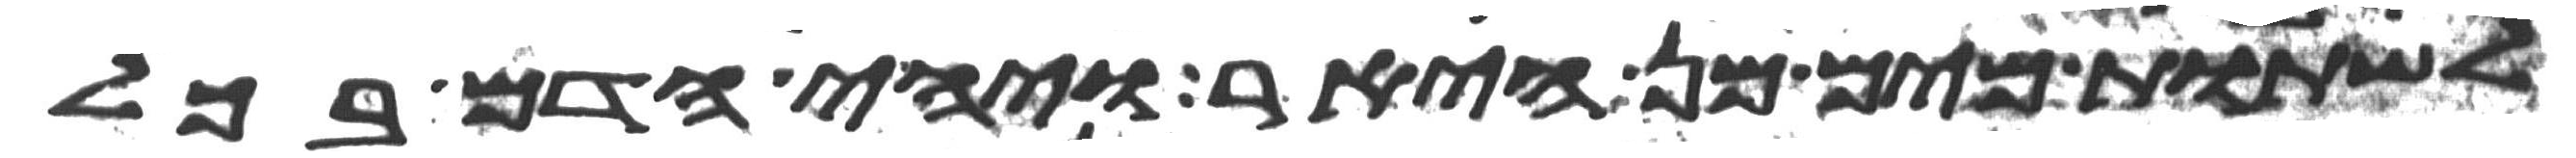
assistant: לשתות מים מן היאר ויהי הדם בכל